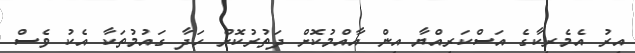
އިރު އެމެރިކާގެ އަސްކަރިއްޔާ އިން އާއްމުކޮށް ދަތުރުކޮށް ހަދާ ގައުމުތަކާ އެކު ވެސް